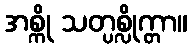
အစ္ကို သတ္ပစ္လိုက္တာ။